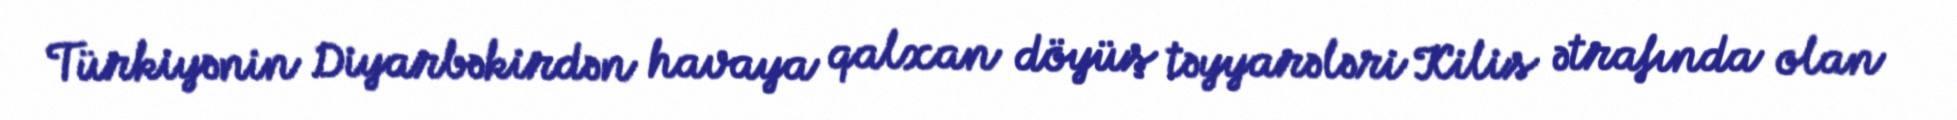
Türkiyənin Diyarbəkirdən havaya qalxan döyüş təyyarələri Kilis ətrafında olan